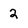
Character: 2